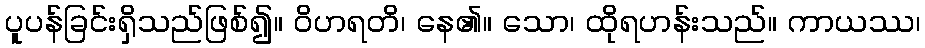
ပူပန်ခြင်းရှိသည်ဖြစ်၍။ ဝိဟရတိ၊ နေ၏။ သော၊ ထိုရဟန်းသည်။ ကာယဿ၊